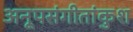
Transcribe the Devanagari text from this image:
अनूपसंगीतांकुश